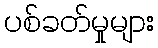
ပစ်ခတ်မှုများ